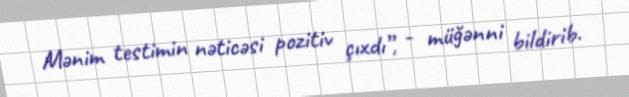
Mənim testimin nəticəsi pozitiv çıxdı”, - müğənni bildirib.